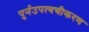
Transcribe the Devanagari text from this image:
पुर्नउपत्वचीकरण